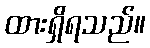
ထားရှိရသည်။